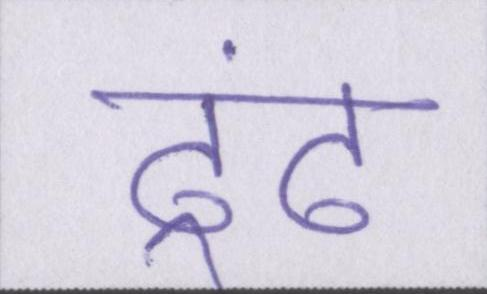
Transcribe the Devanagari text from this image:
ढूंढ